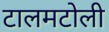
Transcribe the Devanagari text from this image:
टालमटोली